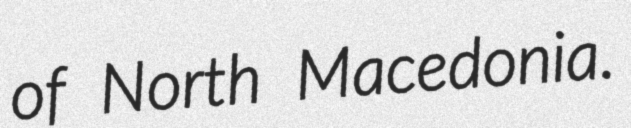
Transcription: of North Macedonia.